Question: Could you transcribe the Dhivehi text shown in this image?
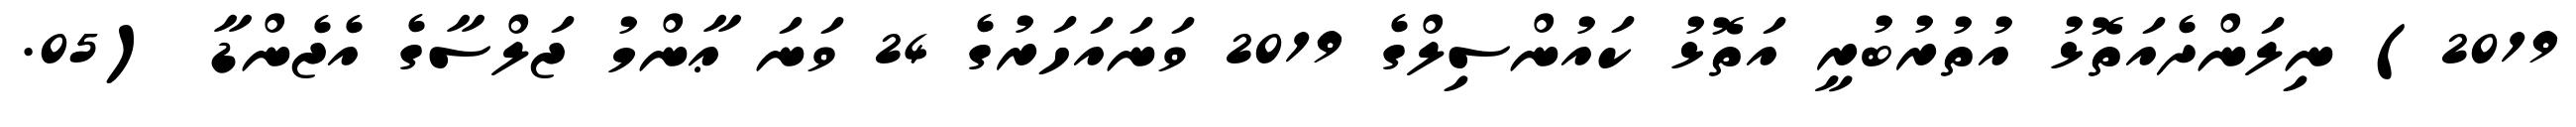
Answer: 2019) ނިލަންދެއަތޮޅު އުތުރުބުރީ އަތޮޅު ކައުންސިލްގެ 2019 ވަނައަހަރުގެ 24 ވަނަ ޢާންމު ޖަލްސާގެ އެޖެންޑާ (05.